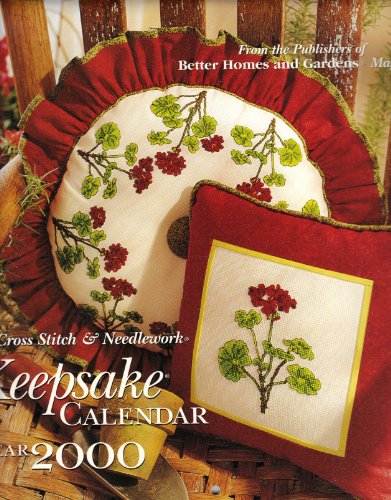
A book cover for Keepsake Calendar 2000 - 13 Counted Cross Stitch Patterns - Better Homes and Gardens; Better Homes and Gardens; Calendars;